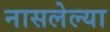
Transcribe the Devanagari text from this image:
नासलेल्या